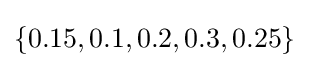
\{0.15,0.1,0.2,0.3,0.25\}